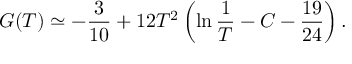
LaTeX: G ( T ) \simeq - \frac { 3 } { 1 0 } + 1 2 T ^ { 2 } \left( \ln \frac { 1 } { T } - C - \frac { 1 9 } { 2 4 } \right) .